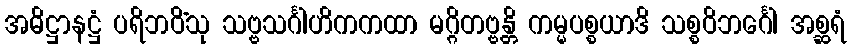
အဓိဋ္ဌာနဋ္ဌံ ပရိဘဝိံသု သဗ္ဗသင်္ဂါဟိကကထာ မဂ္ဂိတဗ္ဗန္တိ ကမ္မပစ္စယာဒိ သစ္စဝိဘင်္ဂေါ အစ္ဆရံ